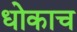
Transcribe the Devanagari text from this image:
धोकाच